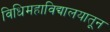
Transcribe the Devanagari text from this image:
विधिमहाविद्यालयातून